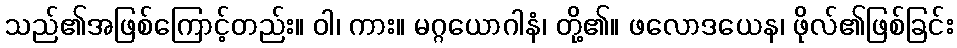
သည်၏အဖြစ်ကြောင့်တည်း။ ဝါ၊ ကား။ မဂ္ဂယောဂါနံ၊ တို့၏။ ဖလောဒယေန၊ ဖိုလ်၏ဖြစ်ခြင်း